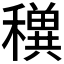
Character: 𥣕